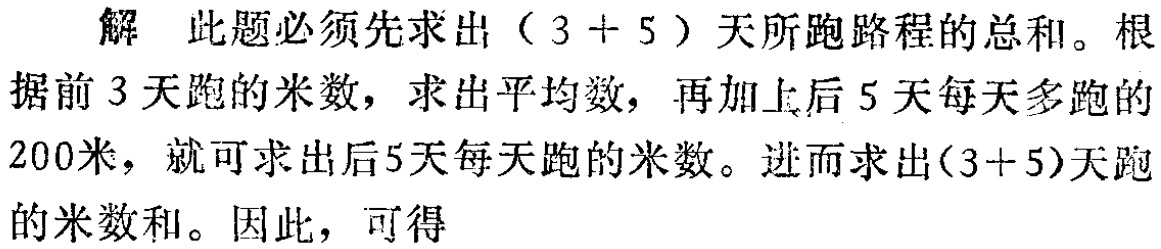
解 此题必须先求出（\(3 + 5\)）天所跑路程的总和。根据前\(3\)天跑的米数，求出平均数，再加上后\(5\)天每天多跑的\(200\)米，就可求出后\(5\)天每天跑的米数。进而求出\((3 + 5)\)天跑的米数和。因此，可得